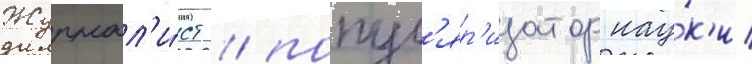
Журнал'и́ст / попул'яр'изатор нау́к'и